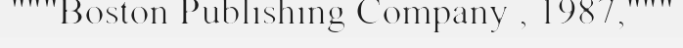
"""Boston Publishing Company , 1987,"""